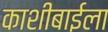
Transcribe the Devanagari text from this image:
काशीबाईला